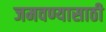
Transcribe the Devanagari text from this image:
जमवण्यासाठी